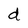
Character: d